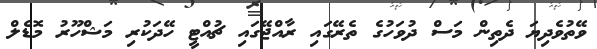
ވޭތުވެދިޔަ ދެތިން މަސް ދުވަހުގެ ތެރޭގައި ރާއްޖޭގައި ޗުއްޓީ ހޭދަކުރި މަޝްހޫރު މޮޑެލް